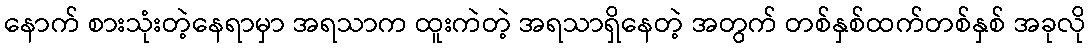
နောက် စားသုံးတဲ့နေရာမှာ အရသာက ထူးကဲတဲ့ အရသာရှိနေတဲ့ အတွက် တစ်နှစ်ထက်တစ်နှစ် အခုလို